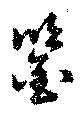
鑒